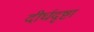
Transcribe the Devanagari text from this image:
दीर्घदृष्टा